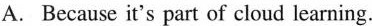
A. Because it's part of cloud learning.